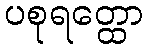
ပစုရတ္ထော